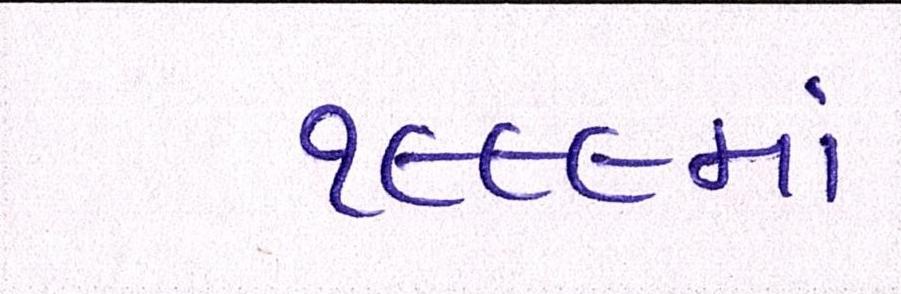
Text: ૧૯૯૯માં